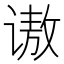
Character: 𫍵